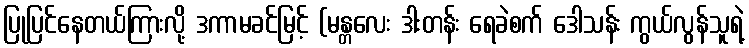
ပြုပြင်နေတယ်ကြားလို့ ဒကာမခင်မြင့် (မန္တလေး ဒါးတန်း ရေခဲစက် ဒေါသန်း ကွယ်လွန်သူရဲ့